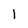
Character: 1